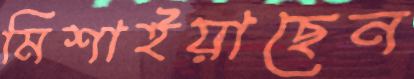
মিশাইয়াছেন